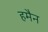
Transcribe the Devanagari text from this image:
हमैन